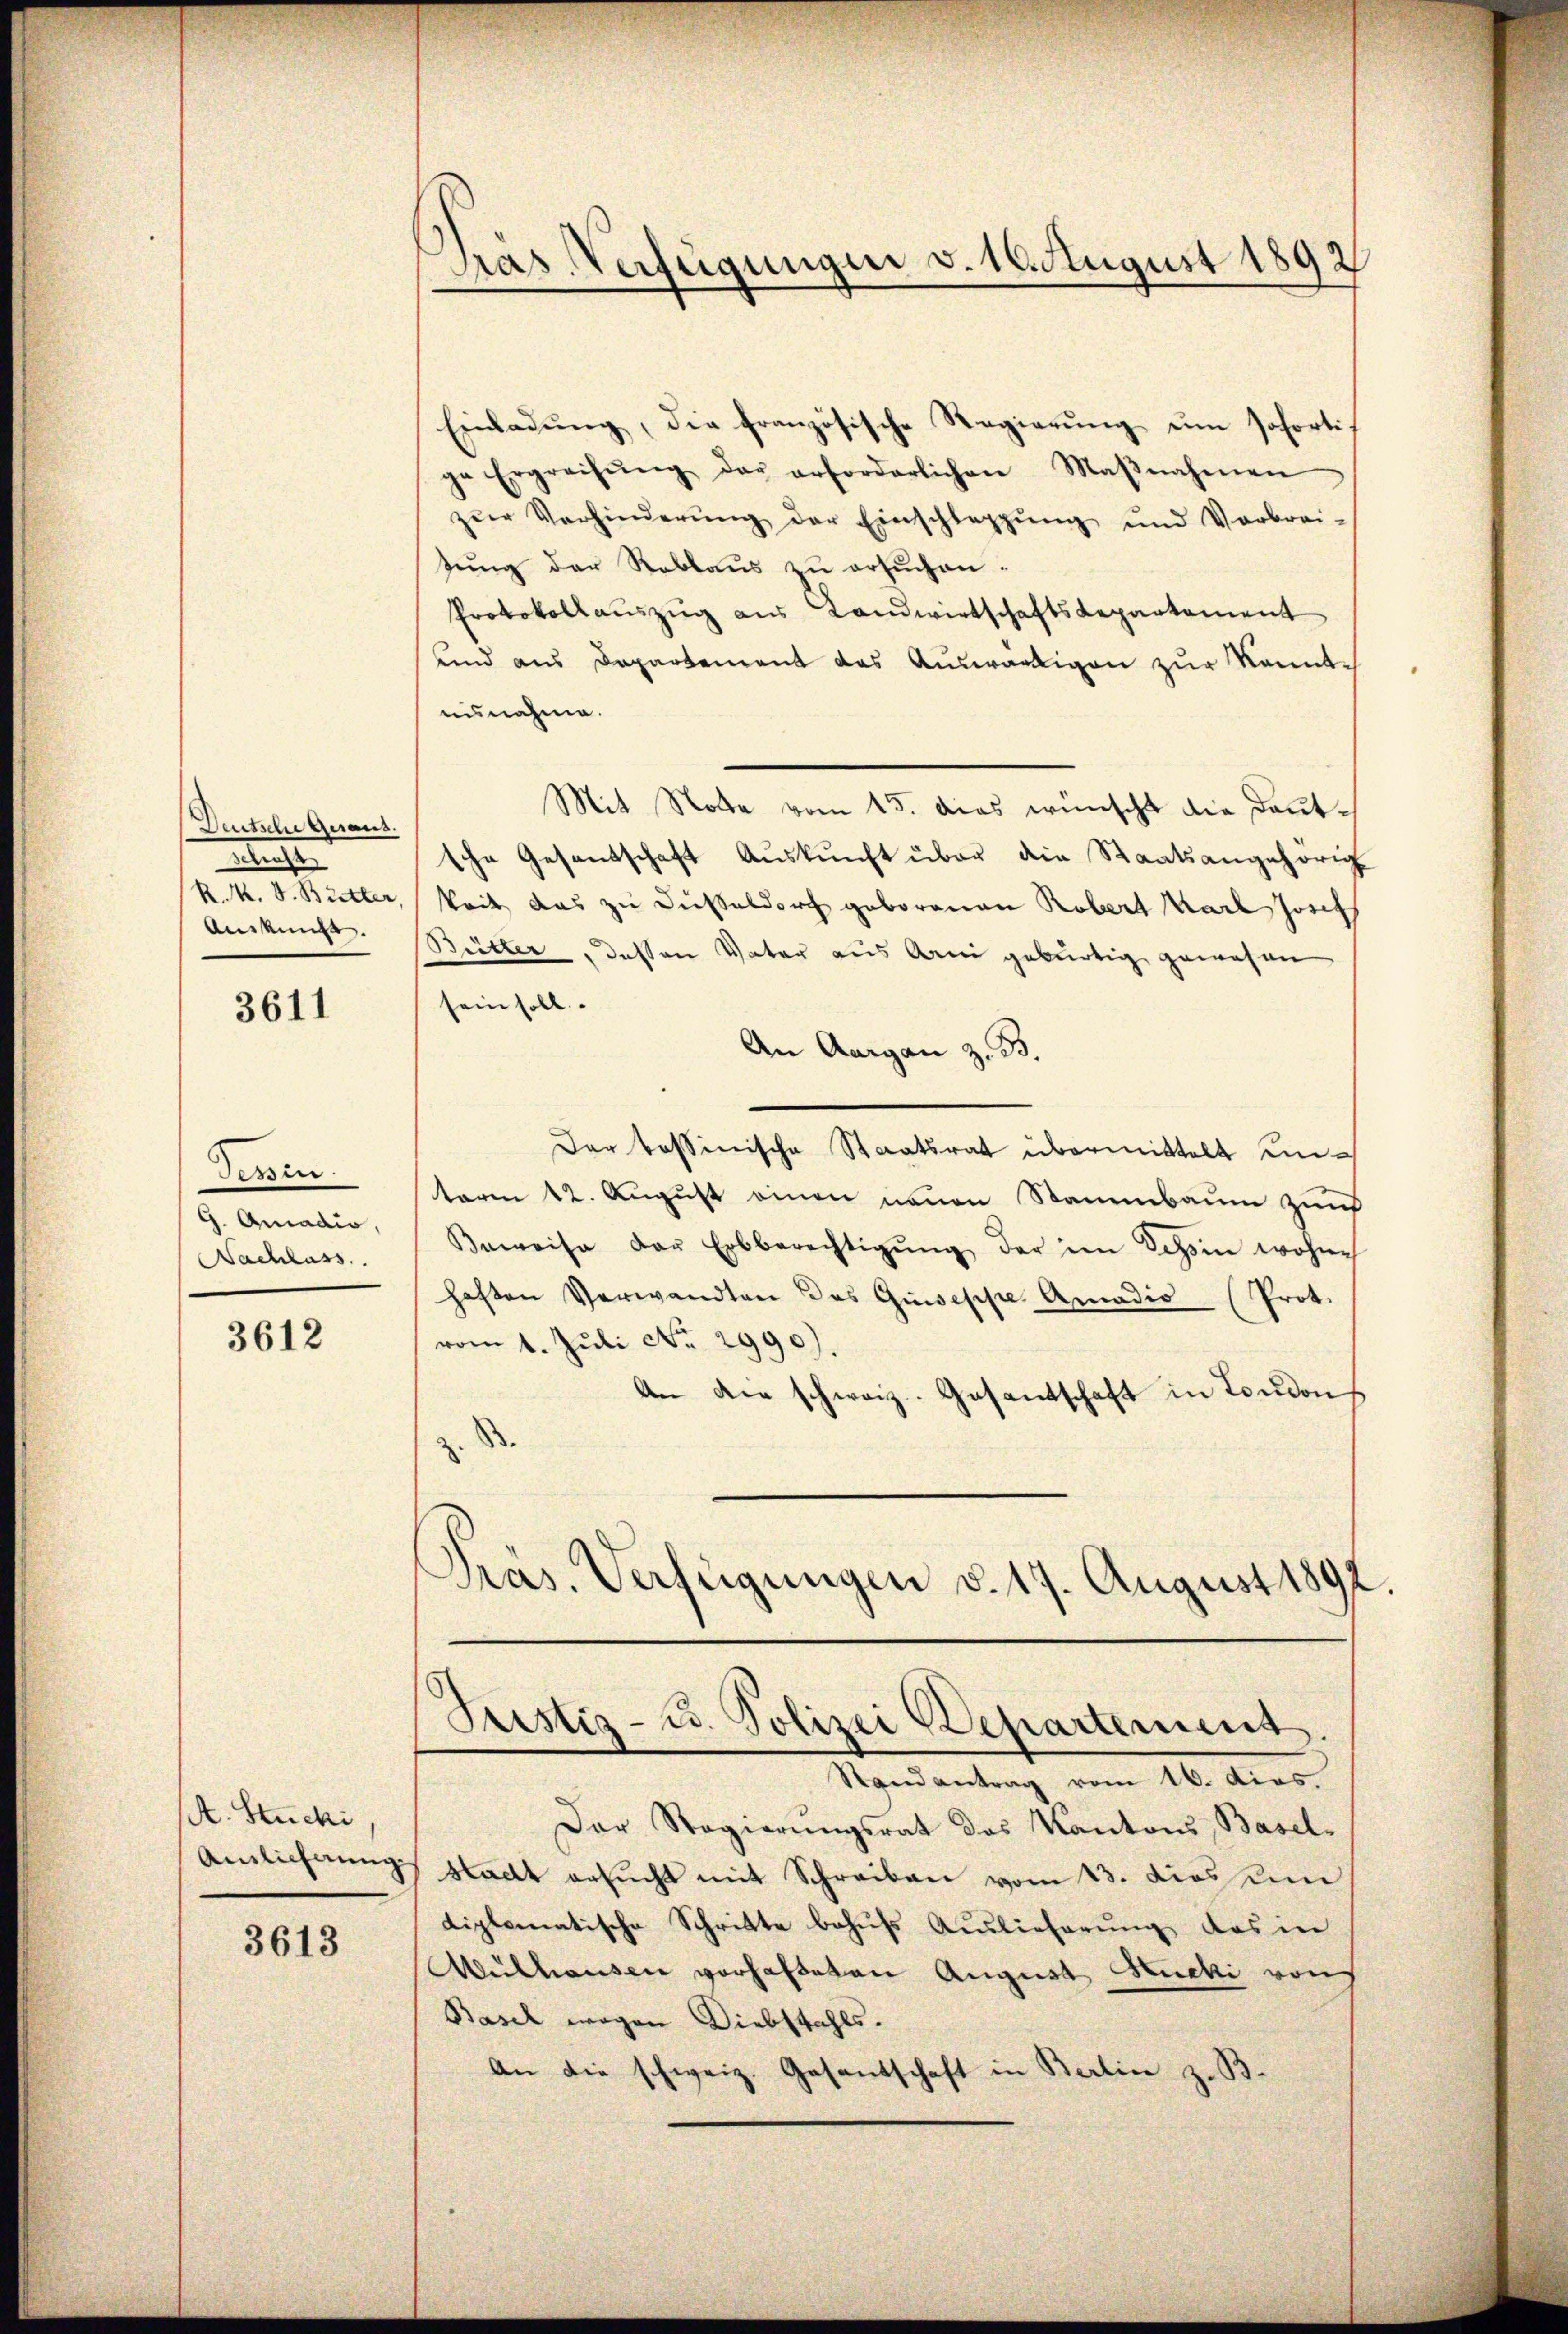
Deutsche Geraus.
getracht
R. M. D. Butter,
Auskunft. |

3611

Tessin.
G. Amadio,
Nachlass

3612

A. Stucki
Ainlicherung

3613

Pras. Verfügungen v. 10. August 1892

ge Ergrechŭng der erforderlichen Maβnahmen
zŭr Verhinderŭng der Einschleppung und Verbrei-
zung der Reblaus zu ersuchen.
Protokollauszug aus Landwirtschaftsdepartement
und aus Departement das Auswärtigen zur Kenntnisnahme.
Mit Note vom 15. das wünscht die Dantsche Gesandschaft Auskunft über die Staatsangehörig
keit das zu Düßeldorf geborenen Robert Karl Josef
Bütler, dessen Vater aus Arm gebürtig gewesen
sein soll.
An Aargau z. B.
Der tessinische Staatsrat übermittelt unterm 12. August einen neuen Stammbaum zum
Beweise der Erbberechtigŭng der im Schin wohne
haften Verwandten das Guseppe Amadio (Prot.
vom 1. Juli No 2990).
An die schweiz. Gesantschaft in London
Präs. Verfügungen d. 17. August 1892.

Einladŭng, die französische Regierŭng um sofortis

Der Regierŭngsrat des Kantons, Basel¬
Stadt ersucht mit Schreiben vom 13. diessen
diplomatische Schritte behufs Auslieferung des in
ulhausen vorhafteten August Rucki von
Basel wegen Diebstahls.
An die schweiz. Gesantschaft in Berlin z. B.

Justiz- u. Polizei Departement.
Randantrag vom 16. dies.